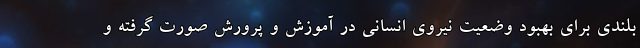
بلندی برای بهبود وضعیت نیروی انسانی در آموزش و پرورش صورت گرفته و